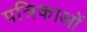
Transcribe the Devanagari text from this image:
पत्रिकाआें